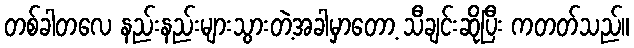
တစ်ခါတလေ နည်းနည်းများသွားတဲ့အခါမှာတော့ သီချင်းဆိုပြီး ကတတ်သည်။